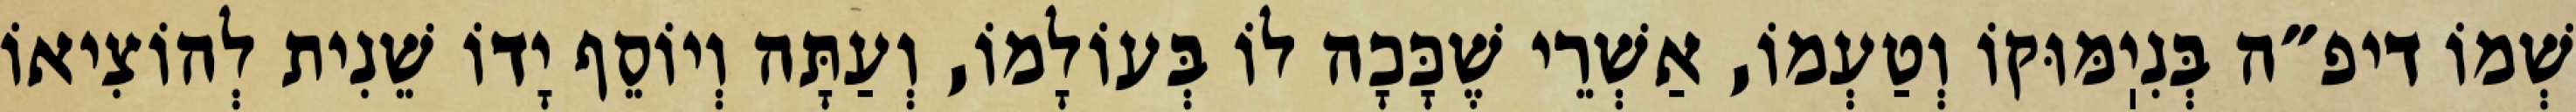
שְׁמוֹ דיפ״ה בְּנִיֽמּוּקוֹ וְטַעְמוֹ, אַשְׁרֵי שֶׁכָּכָה לוֹ בְּעוֹלָמוֹ, וְעַתָּה וְיוֹסֵף יָדוֹ שֵׁנִית לְהוֹצִיאוֹ